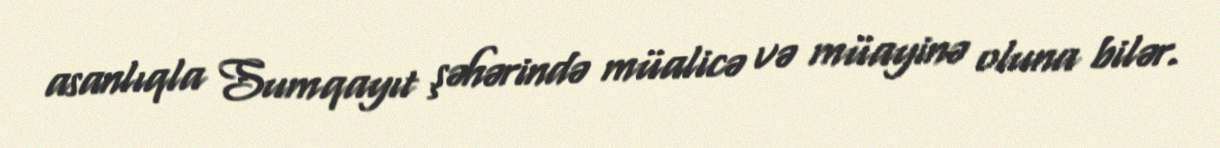
asanlıqla Sumqayıt şəhərində müalicə və müayinə oluna bilər.